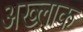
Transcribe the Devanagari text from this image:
अख्लाक